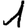
Digit: 1